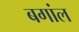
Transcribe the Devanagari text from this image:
बगांल